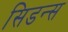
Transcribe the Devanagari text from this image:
सिडन्स